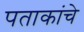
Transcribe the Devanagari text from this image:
पताकांचे